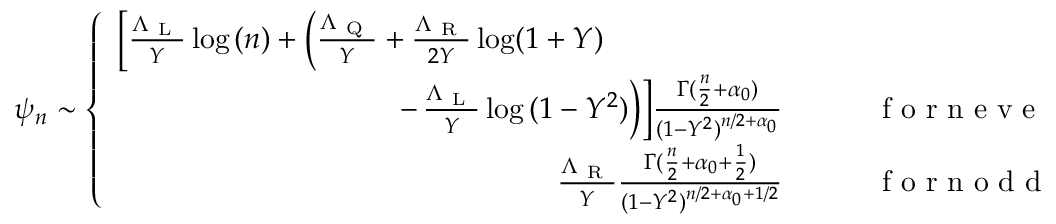
\psi _ { n } \sim \left\{ \begin{array} { r l } { \bigg [ \frac { \Lambda _ { \mathrm { ~ L ~ } } } { Y } \log { ( n ) } + \bigg ( \frac { \Lambda _ { \mathrm { ~ Q ~ } } } { Y } + \frac { \Lambda _ { \mathrm { ~ R ~ } } } { 2 Y } \log ( 1 + Y ) \qquad \qquad \qquad } & { { } } \\ { - \, \frac { \Lambda _ { \mathrm { ~ L ~ } } } { Y } \log { ( 1 - Y ^ { 2 } ) } \bigg ) \bigg ] \frac { \Gamma ( \frac { n } { 2 } + \alpha _ { 0 } ) } { ( 1 - Y ^ { 2 } ) ^ { n / 2 + \alpha _ { 0 } } } } & { { } \qquad \mathrm { ~ f ~ o ~ r ~ n ~ e ~ v ~ e ~ n ~ } , } \\ { \frac { \Lambda _ { \mathrm { ~ R ~ } } } { Y } \frac { \Gamma ( \frac { n } { 2 } + { \alpha _ { 0 } + \frac { 1 } { 2 } } ) } { ( 1 - Y ^ { 2 } ) ^ { n / 2 + { \alpha _ { 0 } + 1 / 2 } } } } & { { } \qquad \mathrm { ~ f ~ o ~ r ~ n ~ o ~ d ~ d ~ } . } \end{array} \right.